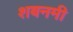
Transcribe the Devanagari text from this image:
शबनमी